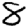
Digit: 8